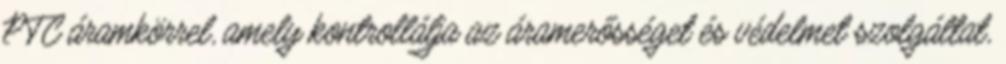
PTC áramkörrel, amely kontrollálja az áramerősséget és védelmet szolgáltat,